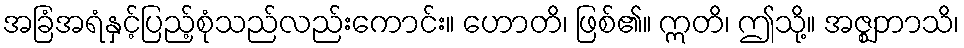
အခြံအရံနှင့်ပြည့်စုံသည်လည်းကောင်း။ ဟောတိ၊ ဖြစ်၏။ ဣတိ၊ ဤသို့။ အဇ္ဈဘာသိ၊